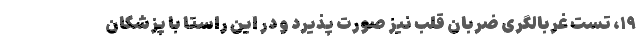
۱۹، تست غربالگری ضربان قلب نیز صورت پذیرد و در این راستا با پزشکان